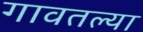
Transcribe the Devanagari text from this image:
गावतल्या